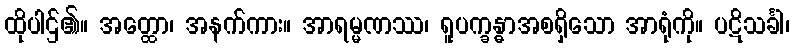
ထိုပါဌ်၏။ အတ္ထော၊ အနက်ကား။ အာရမ္မဏဿ၊ ရူပက္ခန္ဓာအစရှိသော အာရုံကို။ ပဋိသင်္ခါ၊